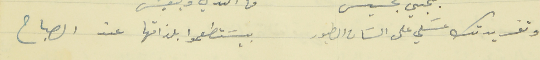
وتغريدتك عسَلي على السَان الطيور                                  بيسَتطعموا بلذاتها عند الصباح